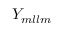
Y _ { m l l m }